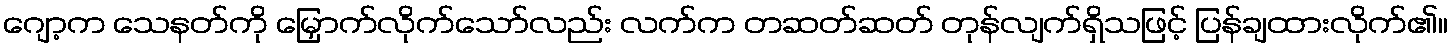
ဂျော့က သေနတ်ကို မြှောက်လိုက်သော်လည်း လက်က တဆတ်ဆတ် တုန်လျက်ရှိသဖြင့် ပြန်ချထားလိုက်၏။